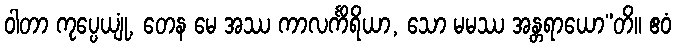
ဝါတာ ကုပ္ပေယျုံ, တေန မေ အဿ ကာလင်္ကိရိယာ, သော မမဿ အန္တရာယော”တိ။ ဧဝံ